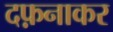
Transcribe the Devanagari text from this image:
दफ़नाकर